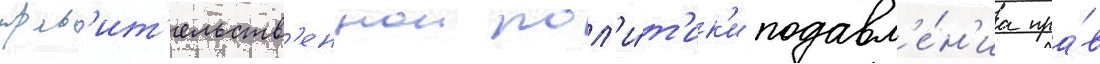
прав'ит'ельств'еннои пол'и́т'ик'и подавл'е́н'иа пра́в